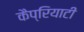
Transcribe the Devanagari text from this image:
कैप्रियाटी